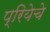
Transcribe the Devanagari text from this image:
प्रियेचे